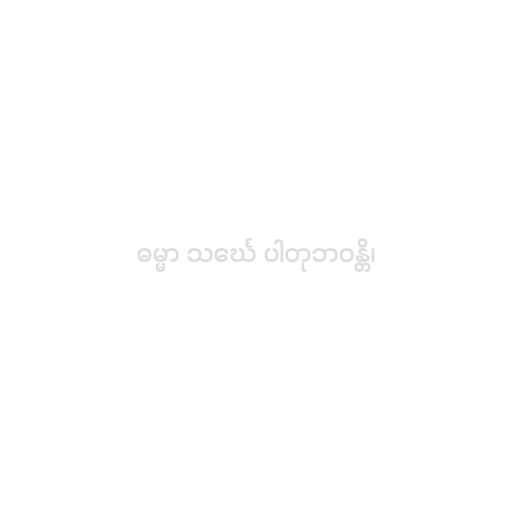
ဓမ္မာ သင်္ဃေ ပါတုဘဝန္တိ၊